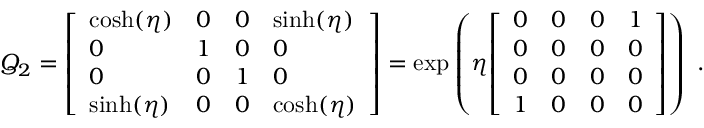
Q _ { 2 } = { \left[ \begin{array} { l l l l } { \cosh ( \eta ) } & { 0 } & { 0 } & { \sinh ( \eta ) } \\ { 0 } & { 1 } & { 0 } & { 0 } \\ { 0 } & { 0 } & { 1 } & { 0 } \\ { \sinh ( \eta ) } & { 0 } & { 0 } & { \cosh ( \eta ) } \end{array} \right] } = \exp \left( \eta { \left[ \begin{array} { l l l l } { 0 } & { 0 } & { 0 } & { 1 } \\ { 0 } & { 0 } & { 0 } & { 0 } \\ { 0 } & { 0 } & { 0 } & { 0 } \\ { 1 } & { 0 } & { 0 } & { 0 } \end{array} \right] } \right) ~ .